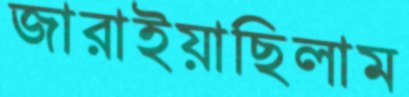
জারাইয়াছিলাম